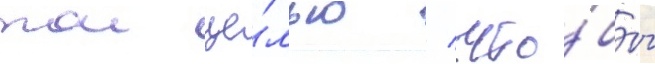
тои це́лью / что́бы